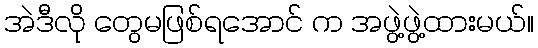
အဲဒီလို တွေမဖြစ်ရအောင် က အဖွဲ့ဖွဲ့ထားမယ်။